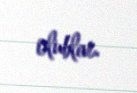
olublar.